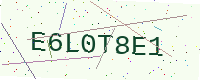
Text: E6L0T8E1